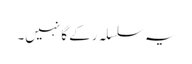
یہ سلسلہ رکے گا نہیں۔